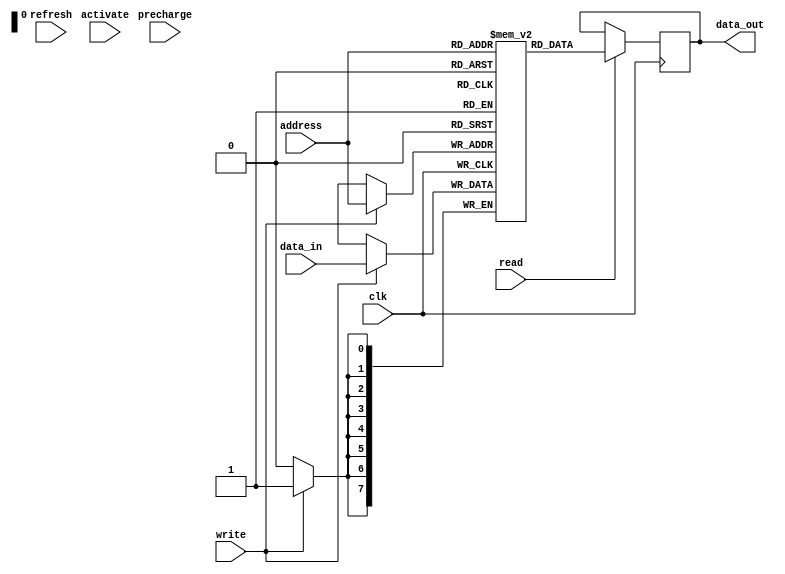
module SDRAM (
    input wire clk,
    input wire write,
    input wire read,
    input wire [7:0] address,
    input wire [7:0] data_in,
    output wire [7:0] data_out,
    input wire precharge,
    input wire activate,
    input wire refresh
);

// Functional blocks for addressing, row and column access, data storage, and control logic

// Addressing block
reg [7:0] row_address;
reg [7:0] column_address;

always @ (posedge clk) begin
    if(activate) begin
        row_address <= address[3:0];
        column_address <= address[7:4];
    end
end

// Data storage block
reg [7:0] memory [0:255];

// Control logic for read/write operations
always @ (posedge clk) begin
    if(write) begin
        memory[address] <= data_in;
    end
    if(read) begin
        data_out <= memory[address];
    end
end

// Control logic for commands
always @ (posedge clk) begin
    if(precharge) begin
        // Perform precharge operation
    end
    if(refresh) begin
        // Perform refresh operation
    end
end

endmodule